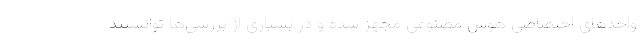
واحدهای اختصاصی هوش مصنوعی مجهز شده و در بسیاری از بررسی‌ها توانستند